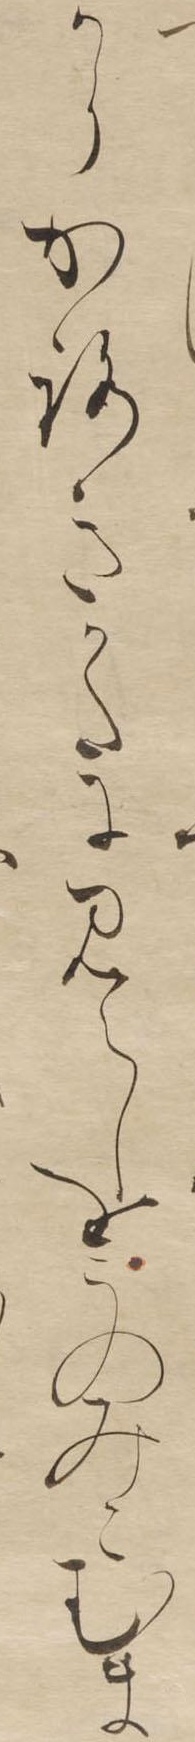
からかろきかたにみえしをこのみこむま